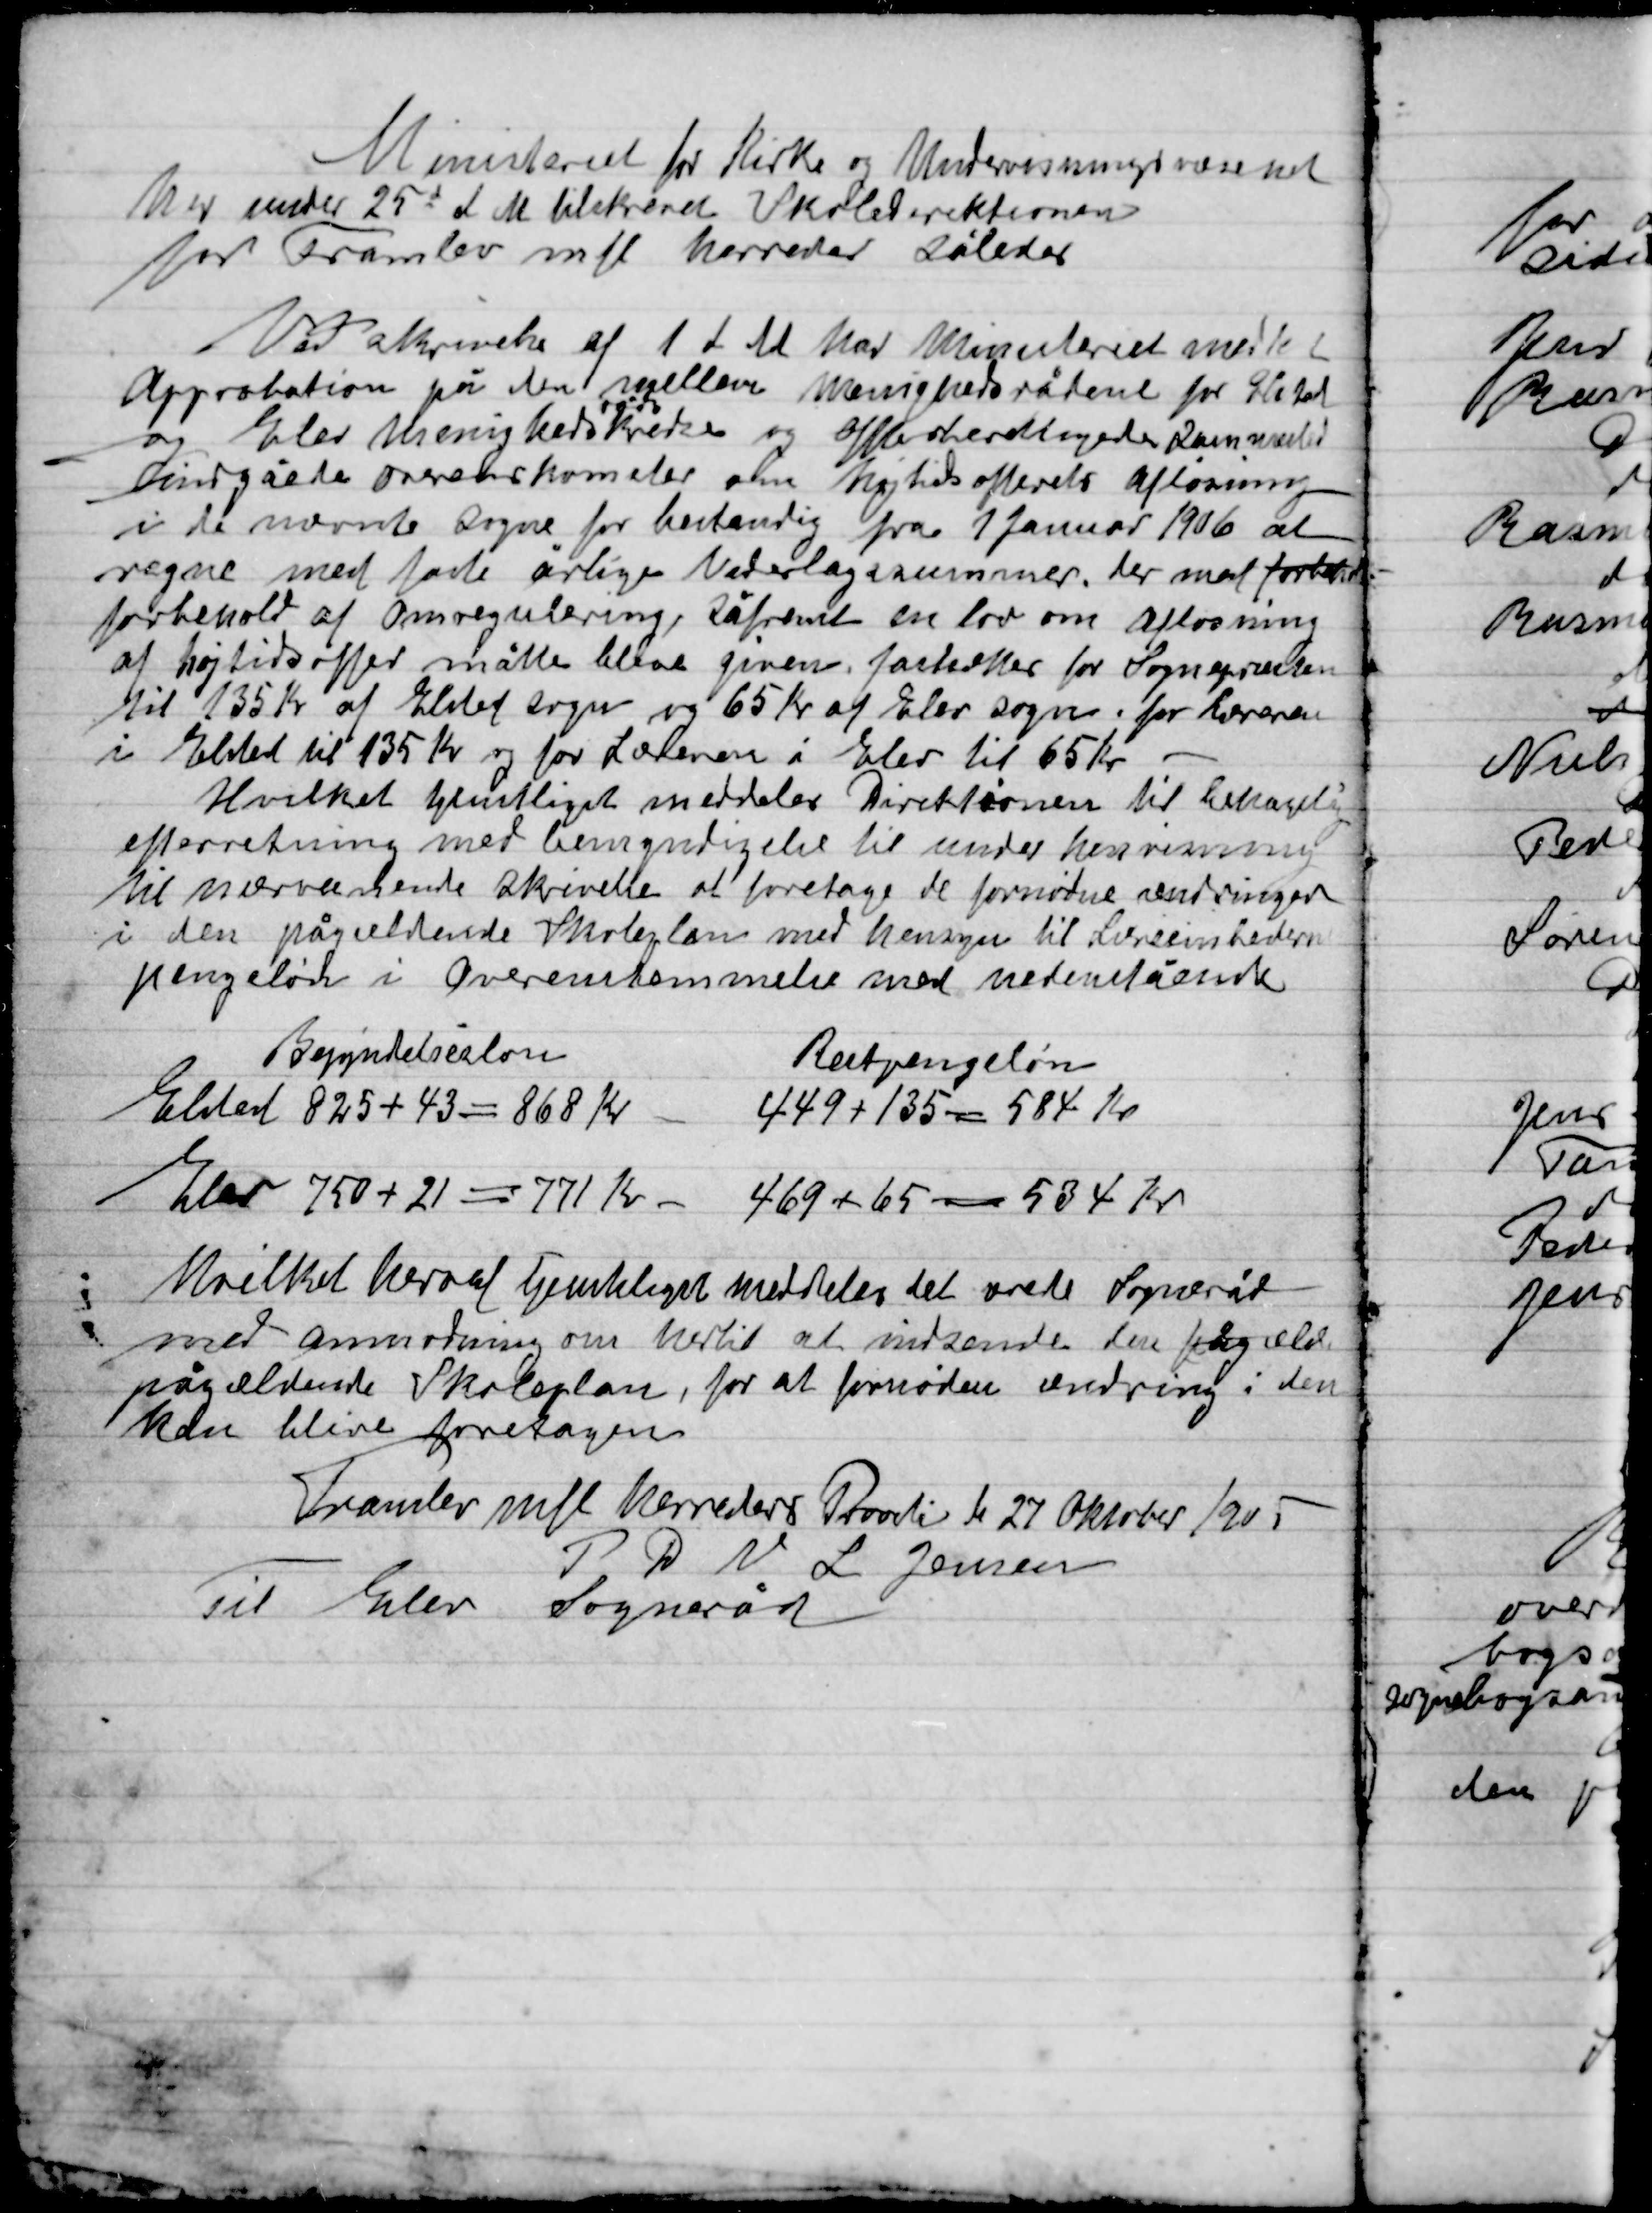
Transskription:
Ministeriet for Kirke og Undervisningsvæsenet
Herunder 25d d. M. tilskrevet Skolerektoren
For Framlev mfl. Herreder således

Ved skrivelse af 1 d. M. har Ministeriet meddelt
Approbation på den mellem menighedsrådene for Elsted
og Elev menighedsrådskredse og offerberettigede sammesteds
indgåede overenskomster om højtidsofferets afløsning
i de nævnte sogne for bestandig fra 1 Januar 1906 at
regne med faste årlige Vederlagssummer, der med forbehold
forbehold af Omregulering, såfremt en lov om Afløsning
af højtidsoffer måtte blive given, fastsættes for Sognepræsten
til 135 Kr. af Elsted sogn og 65 Kr. af Elev sogn, for Læreren
i Elsted til 135 Kr. og Læreren i Elev 65 Kr.
Hvilket tjenstligt meddeles Direktionen til behagelig
efterretning med bemyndigelse til under henvisning
til nærværende skrivelse at foretage de fornødne ændringer
i den pågældende Skoleplan med hensyn til Lærerenhedernes
pengeløn i Overensstemmelse med nedenstående

Hvilket heraf tjenstligt meddeles det ærede Sogneråd
med anmodning om hertil at indsende den pågældende
pågældende Skoleplan, for at fornøden ændring i den
kan blive foretagen.

Framlev mfl. Herreder Provsti d. 27 Oktober 1905
P.P.V. L. Jensen
Til Elev Sogneråd